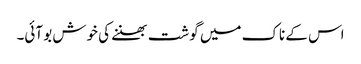
اس کے ناک میں گوشت بھننے کی خوش بو آئی۔